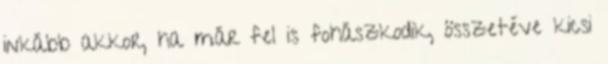
inkább akkor, ha már fel is fohászkodik, összetéve kicsi